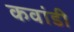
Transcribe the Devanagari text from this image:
कवांडी